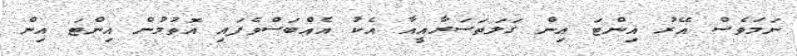
ނަމަވެސް އޭރު އިންޓަ އިން ގަލަތަސަރާއީއާ އެކު އެއްބަސްވެފައި އޮތުމުން އިންޓަ އިން